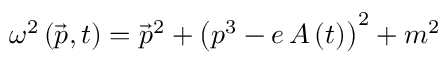
\omega ^ { 2 } \left( \vec { p } , t \right) = \vec { p } ^ { 2 } + \left( p ^ { 3 } - e \, A \left( t \right) \right) ^ { 2 } + m ^ { 2 }